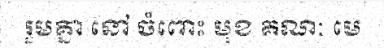
រួមគ្នា នៅ ចំពោះ មុខ គណៈ មេ